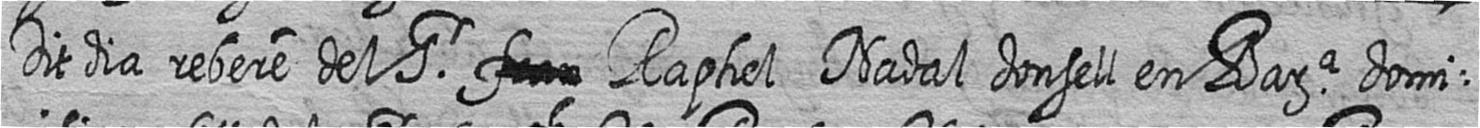
Dit dia rebere del Sr # Raphel Nadal donsell en Bara domi=